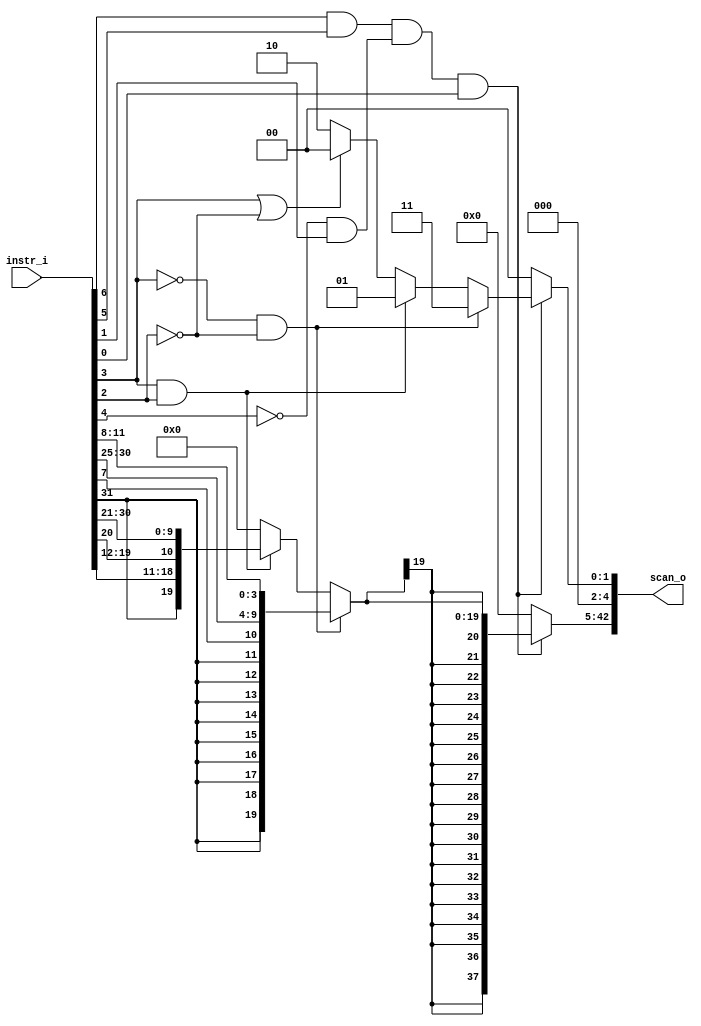
module bp_fe_instr_scan_05
(
  instr_i,
  scan_o
);

  input [31:0] instr_i;
  output [42:0] scan_o;
  wire [42:0] scan_o;
  wire N0,N1,N2,N3,N4,N5,N6,N7,N8,N9,N10,N11,N12,N13,N14,N15,N16,N17,N18,N19,N20,N21,
  N22,N23,N24,N25,N26,N27,N28,N29,N30,N31,N32,N33,N34,N35,N36,N37,N38,N39,N40,N41,
  N42;
  assign scan_o[2] = 1'b0;
  assign scan_o[3] = 1'b0;
  assign scan_o[4] = 1'b0;
  assign N11 = instr_i[6] & instr_i[5];
  assign N12 = N10 & instr_i[1];
  assign N13 = N11 & N12;
  assign N14 = N13 & instr_i[0];
  assign N18 = N16 & N17;
  assign N19 = instr_i[3] & instr_i[2];
  assign N20 = instr_i[3] | N17;
  assign N21 = N16 | instr_i[2];
  assign { N9, N8 } = (N0)? { 1'b1, 1'b1 } : 
                      (N1)? { 1'b0, 1'b1 } : 
                      (N2)? { 1'b1, 1'b0 } : 
                      (N3)? { 1'b0, 1'b0 } : 1'b0;
  assign N0 = N18;
  assign N1 = N19;
  assign N2 = N6;
  assign N3 = N7;
  assign scan_o[1:0] = (N4)? { N9, N8 } : 
                       (N15)? { 1'b0, 1'b0 } : 1'b0;
  assign N4 = N14;
  assign { N42, N41, N40, N39, N38, N37, N36, N35, N34, N33, N32, N31, N30, N29, N28, N27, N26, N25, N24, N23 } = (N0)? { instr_i[31:31], instr_i[31:31], instr_i[31:31], instr_i[31:31], instr_i[31:31], instr_i[31:31], instr_i[31:31], instr_i[31:31], instr_i[31:31], instr_i[7:7], instr_i[30:25], instr_i[11:8] } : 
                                                                                                                  (N1)? { instr_i[31:31], instr_i[19:12], instr_i[20:20], instr_i[30:21] } : 
                                                                                                                  (N5)? { 1'b0, 1'b0, 1'b0, 1'b0, 1'b0, 1'b0, 1'b0, 1'b0, 1'b0, 1'b0, 1'b0, 1'b0, 1'b0, 1'b0, 1'b0, 1'b0, 1'b0, 1'b0, 1'b0, 1'b0 } : 1'b0;
  assign N5 = N22;
  assign scan_o[42:5] = (N4)? { N42, N42, N42, N42, N42, N42, N42, N42, N42, N42, N42, N42, N42, N42, N42, N42, N42, N42, N42, N41, N40, N39, N38, N37, N36, N35, N34, N33, N32, N31, N30, N29, N28, N27, N26, N25, N24, N23 } : 
                        (N15)? { 1'b0, 1'b0, 1'b0, 1'b0, 1'b0, 1'b0, 1'b0, 1'b0, 1'b0, 1'b0, 1'b0, 1'b0, 1'b0, 1'b0, 1'b0, 1'b0, 1'b0, 1'b0, 1'b0, 1'b0, 1'b0, 1'b0, 1'b0, 1'b0, 1'b0, 1'b0, 1'b0, 1'b0, 1'b0, 1'b0, 1'b0, 1'b0, 1'b0, 1'b0, 1'b0, 1'b0, 1'b0, 1'b0 } : 1'b0;
  assign N6 = ~N20;
  assign N7 = ~N21;
  assign N10 = ~instr_i[4];
  assign N15 = ~N14;
  assign N16 = ~instr_i[3];
  assign N17 = ~instr_i[2];
  assign N22 = N6 | N7;

endmodule